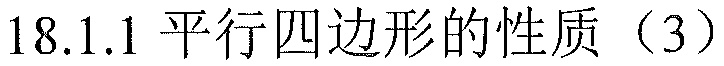
18.1.1 平行四边形的性质（3）